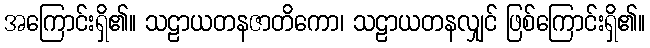
အကြောင်းရှိ၏။ သဠာယတနဇာတိကော၊ သဠာယတနလျှင် ဖြစ်ကြောင်းရှိ၏။